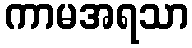
ကာမအရသာ